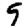
Digit: 9